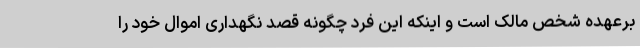
برعهده شخص مالک است و اینکه این فرد چگونه قصد نگهداری اموال خود را